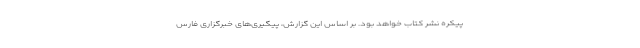
پیکره نشر کتاب خواهد بود. بر اساس این گزارش، پیگیری‌های خبرگزاری فارس